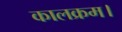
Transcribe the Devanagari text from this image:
कालक्रम।